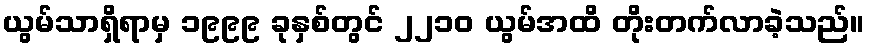
ယွမ်သာရှိရာမှ ၁၉၉၉ ခုနှစ်တွင် ၂၂၁၀ ယွမ်အထိ တိုးတက်လာခဲ့သည်။